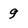
Character: 9